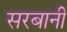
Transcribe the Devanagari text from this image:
सरबानी